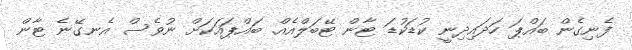
ފެނިގެން ބައްޕަ ހަދައިދިނީ ކުޑަކުޑަ ޓާން ޓޭބަލްއެއް. ބައްޕައަކަށް ނުވެސް އެނގޭނެ ޓާން